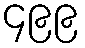
၄၉၉